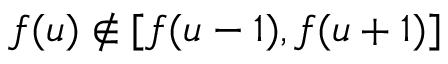
f ( u ) \not \in [ f ( u - 1 ) , f ( u + 1 ) ]